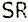
SR